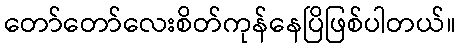
တော်တော်လေးစိတ်ကုန်နေပြိဖြစ်ပါတယ်။